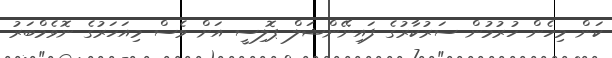
ކަން މިހެން ހުރުމުން ސަރުކާރުގެ ފައިނޭންޝަލް ޕޮލިސީ އަށް ވެސް މިއަހަރުގެ ނޮވެމްބަރު